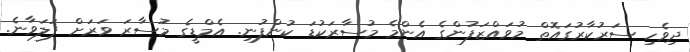
ދިވެހި ސަރުކާރުގައޮތް މުވައްޒަފުންގެ އެންމެ މުސާރަކުޑަ ކުންފުނި. އެމްޑީގެ މުސާރަ ވަރަށް ފަލަވާނެ.